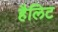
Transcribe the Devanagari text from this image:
हैलिट